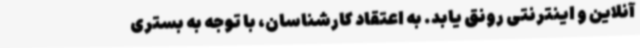
آنلاین و اینترنتی رونق یابد. به اعتقاد کارشناسان، با توجه به بستری